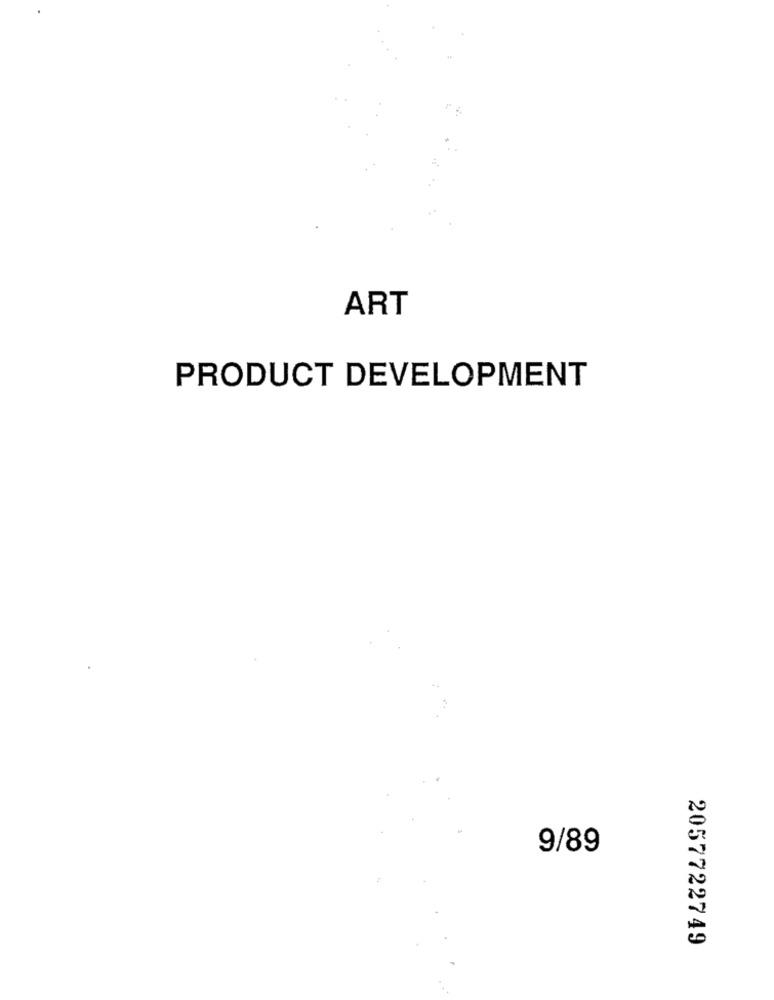
ART
PRODUCT DEVELOPMENT
9/89
2057722749